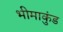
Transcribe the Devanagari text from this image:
भीमाकुंड